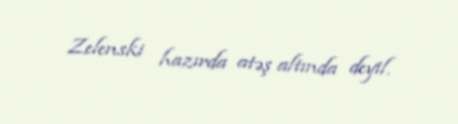
Zelenski hazırda atəş altında deyil.